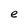
Character: e